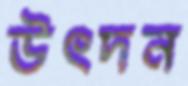
উৎদন